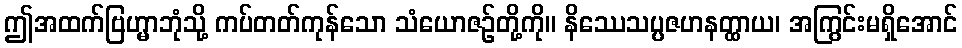
ဤအထက်ဗြဟ္မာဘုံသို့ ကပ်တတ်ကုန်သော သံယောဇဉ်တို့ကို။ နိဿေသပ္ပဇဟနတ္ထာယ၊ အကြွင်းမရှိအောင်